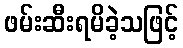
ဖမ်းဆီးရမိခဲ့သဖြင့်